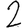
Digit: 2